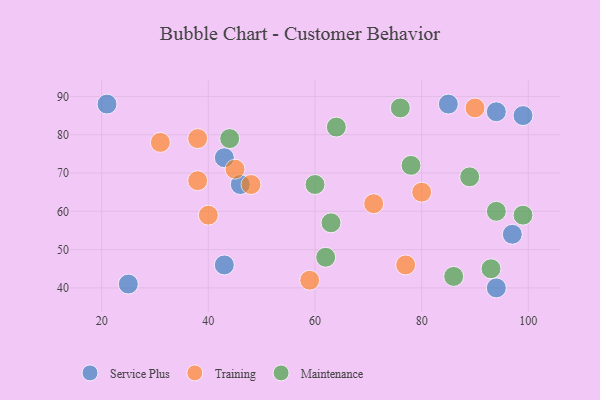
{"axis": {"x": "GDP", "y": "Life Expectancy"}, "legend": ["Maintenance", "Service Plus", "Training"], "data": [{"x": "94", "y": 86, "type": "Service Plus"}, {"x": "43", "y": 46, "type": "Service Plus"}, {"x": "99", "y": 85, "type": "Service Plus"}, {"x": "94", "y": 40, "type": "Service Plus"}, {"x": "46", "y": 67, "type": "Service Plus"}, {"x": "85", "y": 88, "type": "Service Plus"}, {"x": "97", "y": 54, "type": "Service Plus"}, {"x": "21", "y": 88, "type": "Service Plus"}, {"x": "43", "y": 74, "type": "Service Plus"}, {"x": "25", "y": 41, "type": "Service Plus"}, {"x": "80", "y": 65, "type": "Training"}, {"x": "38", "y": 68, "type": "Training"}, {"x": "38", "y": 79, "type": "Training"}, {"x": "59", "y": 42, "type": "Training"}, {"x": "77", "y": 46, "type": "Training"}, {"x": "45", "y": 71, "type": "Training"}, {"x": "71", "y": 62, "type": "Training"}, {"x": "40", "y": 59, "type": "Training"}, {"x": "48", "y": 67, "type": "Training"}, {"x": "31", "y": 78, "type": "Training"}, {"x": "90", "y": 87, "type": "Training"}, {"x": "76", "y": 87, "type": "Maintenance"}, {"x": "63", "y": 57, "type": "Maintenance"}, {"x": "86", "y": 43, "type": "Maintenance"}, {"x": "64", "y": 82, "type": "Maintenance"}, {"x": "94", "y": 60, "type": "Maintenance"}, {"x": "62", "y": 48, "type": "Maintenance"}, {"x": "78", "y": 72, "type": "Maintenance"}, {"x": "89", "y": 69, "type": "Maintenance"}, {"x": "99", "y": 59, "type": "Maintenance"}, {"x": "93", "y": 45, "type": "Maintenance"}, {"x": "44", "y": 79, "type": "Maintenance"}, {"x": "60", "y": 67, "type": "Maintenance"}]}